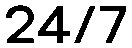
24/7